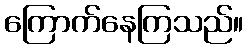
ကြောက်နေကြသည်။